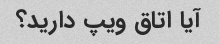
آیا اتاق ویپ دارید؟